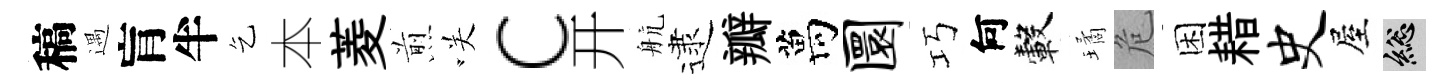
稿遇肓半乞本菱煎咲c开航逮瓣萬圜巧何轂璚危困耤史屋總